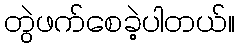
တွဲဖက်စေခဲ့ပါတယ်။